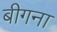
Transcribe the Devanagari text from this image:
बीगना